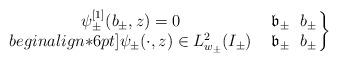
LaTeX: \begin{align*} \left.\begin{array}{cl} \psi_\pm^{[1]}(b_{\pm},z)=0 & \ \mathfrak{b}_\pm \ \ b_\pm \\begin{align*}6pt] \psi_\pm(\cdot,z)\in L_{w_\pm}^2(I_\pm) & \ \mathfrak{b}_\pm \ \ b_\pm \end{array}\!\!\right\}\end{align*}